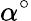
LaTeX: \alpha^{\circ}